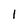
Character: l